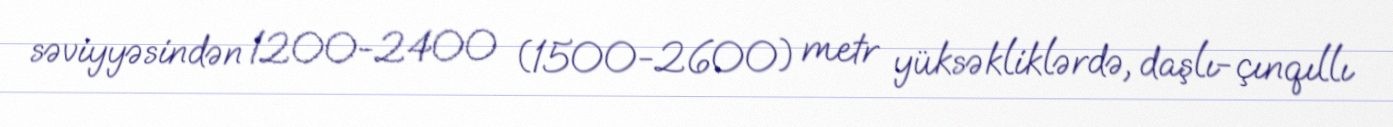
səviyyəsindən 1200-2400 (1500-2600) metr yüksəkliklərdə, daşlı-çınqıllı